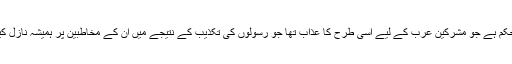
یہ قتل عام کا حکم ہے جو مشرکین عرب کے لیے اُسی طرح کا عذاب تھا جو رسولوں کی تکذیب کے نتیجے میں اُن کے مخاطبین پر ہمیشہ نازل کیا جاتا رہا ہے۔